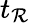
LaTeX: t_{\mathcal{R}}